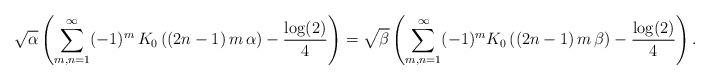
LaTeX: \begin{align*}\sqrt{\alpha}\left(\sum_{m,n=1}^{\infty}(-1)^{m}\,K_{0}\left(\left(2n-1\right)m\,\alpha\right)-\frac{\log(2)}{4}\right)=\sqrt{\beta}\left(\sum_{m,n=1}^{\infty}(-1)^{m}K_{0}\left(\left(2n-1\right)m\,\beta\right)-\frac{\log(2)}{4}\right).\end{align*}